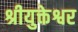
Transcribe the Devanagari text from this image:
श्रीयुक्तेश्वर